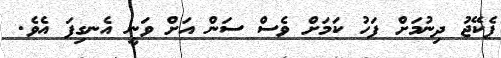
ޕެކޭޖު ދިނުމަށް ފަހު ކަމަށް ވެސް ސަން އަށް ވަނީ އެނގިފަ އެވެ.